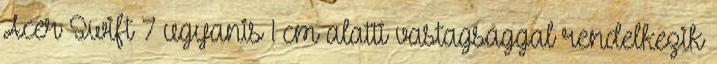
Acer Swift 7 ugyanis 1 cm alatti vastagsággal rendelkezik